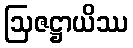
ဩဇဋ္ဌာယိဿ